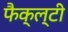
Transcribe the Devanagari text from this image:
फैक्ल्टी